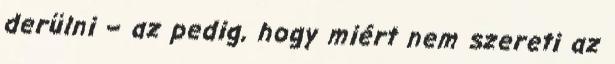
derülni – az pedig, hogy miért nem szereti az